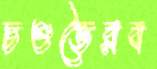
চণ্ডভৈরব